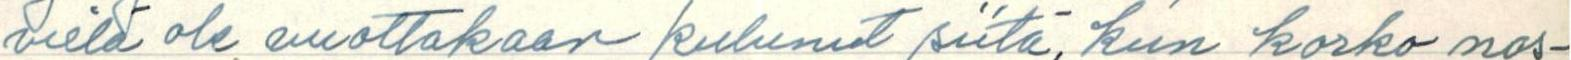
vielä ole vuottakaan kulunut siitä, kun korko nos-